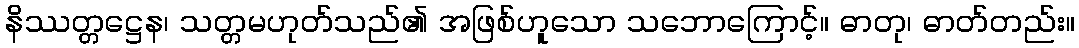
နိဿတ္တဋ္ဌေန၊ သတ္တမဟုတ်သည်၏ အဖြစ်ဟူသော သဘောကြောင့်။ ဓာတု၊ ဓာတ်တည်း။